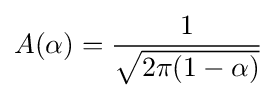
A(\alpha )={\frac {1}{\sqrt {2\pi (1-\alpha )}}}